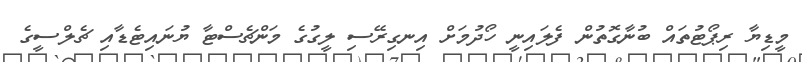
މީޑިޔާ ރިޕޯޓުތައް ބުނާގޮތުން ފެލައިނީ ހޯދުމަށް އިނގިރޭސި ލީގުގެ މަންޗެސްޓާ ޔުނައިޓެޑާއި ޗެލްސީގެ